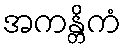
အကန္တိကံ